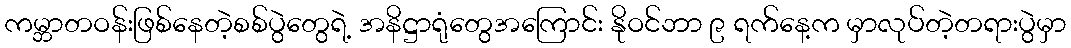
ကမ္ဘာတဝန်းဖြစ်နေတဲ့စစ်ပွဲတွေရဲ့ အနိဋ္ဌာရုံတွေအကြောင်း နိုဝင်ဘာ ၉ ရက်နေ့က မှာလုပ်တဲ့တရားပွဲမှာ